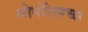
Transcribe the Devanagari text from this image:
मोनोरेलचा